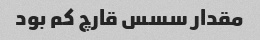
مقدار سسس قارچ کم بود